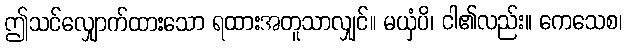
ဤသင်လျှောက်ထားသော ရထားအတူသာလျှင်။ မယှံပိ၊ ငါ၏လည်း။ ကေသေစ၊